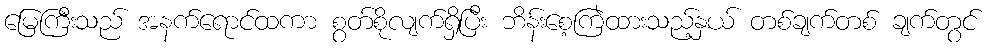
မြေကြီးသည် အနက်ရောင်ထကာ စွတ်စိုလျက်ရှိပြီး ဘိန်းစေ့ကြဲထားသည့်နှယ် တစ်ချက်တစ် ချက်တွင်